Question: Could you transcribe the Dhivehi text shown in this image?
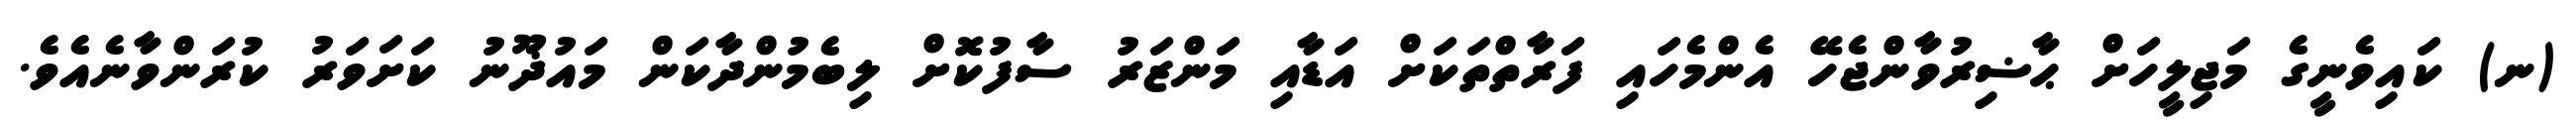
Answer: (ނ) ކައިވެނީގެ މަޖިލީހަށް ޙާޟިރުވާންޖެހޭ އެންމެހައި ފަރާތްތަކަށް އަޑާއި މަންޒަރު ސާފުކޮށް ލިބެމުންދާކަން މައުޛޫނު ކަށަވަރު ކުރަންވާނެއެވެ.